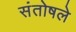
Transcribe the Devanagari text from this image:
संतोषले